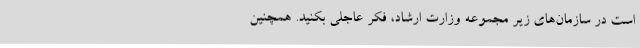
است در سازمان‌های زیر مجموعه وزارت ارشاد، فکر عاجلی بکنید. همچنین